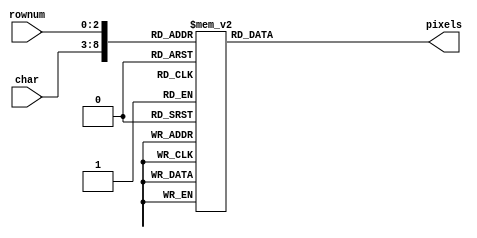
`timescale 1ns / 1ps
module chars(
   // input VGA_clk,
    //input en,
    input [5:0] char,
    input [2:0] rownum,
    output reg [7:0] pixels
    );

always @(*)
   // if (en) begin
        case ({char, rownum})
        ///////////////////////0//////////////////////////
            9'b000000000: pixels = 8'b01111100; //  XXXXX  
            9'b000000001: pixels = 8'b11000110; // XX   XX 
            9'b000000010: pixels = 8'b11001110; // XX  XXX 
            9'b000000011: pixels = 8'b11011110; // XX XXXX 
            9'b000000100: pixels = 8'b11110110; // XXXX XX 
            9'b000000101: pixels = 8'b11100110; // XXX  XX 
            9'b000000110: pixels = 8'b01111100; //  XXXXX  
            9'b000000111: pixels = 8'b00000000; //         
        ///////////////////////1//////////////////////////
            9'b000001000: pixels = 8'b00110000; //   XX    
            9'b000001001: pixels = 8'b01110000; //  XXX    
            9'b000001010: pixels = 8'b00110000; //   XX    
            9'b000001011: pixels = 8'b00110000; //   XX    
            9'b000001100: pixels = 8'b00110000; //   XX    
            9'b000001101: pixels = 8'b00110000; //   XX    
            9'b000001110: pixels = 8'b11111100; // XXXXXX  
            9'b000001111: pixels = 8'b00000000; //         
        ///////////////////////2//////////////////////////
            9'b000010000: pixels = 8'b01111000; //  XXXX   
            9'b000010001: pixels = 8'b11001100; // XX  XX  
            9'b000010010: pixels = 8'b00001100; //     XX  
            9'b000010011: pixels = 8'b00111000; //   XXX   
            9'b000010100: pixels = 8'b01100000; //  XX     
            9'b000010101: pixels = 8'b11001100; // XX  XX  
            9'b000010110: pixels = 8'b11111100; // XXXXXX  
            9'b000010111: pixels = 8'b00000000; //         
        ///////////////////////3//////////////////////////
            9'b000011000: pixels = 8'b01111000; //  XXXX   
            9'b000011001: pixels = 8'b11001100; // XX  XX  
            9'b000011010: pixels = 8'b00001100; //     XX  
            9'b000011011: pixels = 8'b00111000; //   XXX   
            9'b000011100: pixels = 8'b00001100; //     XX  
            9'b000011101: pixels = 8'b11001100; // XX  XX  
            9'b000011110: pixels = 8'b01111000; //  XXXX   
            9'b000011111: pixels = 8'b00000000; //         
        ///////////////////////4//////////////////////////
            9'b000100000: pixels = 8'b00011100; //    XXX  
            9'b000100001: pixels = 8'b00111100; //   XXXX  
            9'b000100010: pixels = 8'b01101100; //  XX XX  
            9'b000100011: pixels = 8'b11001100; // XX  XX  
            9'b000100100: pixels = 8'b11111110; // XXXXXXX 
            9'b000100101: pixels = 8'b00001100; //     XX  
            9'b000100110: pixels = 8'b00011110; //    XXXX 
            9'b000100111: pixels = 8'b00000000; //         
        ///////////////////////5//////////////////////////
            9'b000101000: pixels = 8'b11111100; // XXXXXX  
            9'b000101001: pixels = 8'b11000000; // XX      
            9'b000101010: pixels = 8'b11111000; // XXXXX   
            9'b000101011: pixels = 8'b00001100; //     XX  
            9'b000101100: pixels = 8'b00001100; //     XX  
            9'b000101101: pixels = 8'b11001100; // XX  XX  
            9'b000101110: pixels = 8'b01111000; //  XXXX   
            9'b000101111: pixels = 8'b00000000; //         
        ///////////////////////6//////////////////////////
            9'b000110000: pixels = 8'b00111000; //   XXX   
            9'b000110001: pixels = 8'b01100000; //  XX     
            9'b000110010: pixels = 8'b11000000; // XX      
            9'b000110011: pixels = 8'b11111000; // XXXXX   
            9'b000110100: pixels = 8'b11001100; // XX  XX  
            9'b000110101: pixels = 8'b11001100; // XX  XX  
            9'b000110110: pixels = 8'b01111000; //  XXXX   
            9'b000110111: pixels = 8'b00000000; //         
        ///////////////////////7//////////////////////////
            9'b000111000: pixels = 8'b11111100; // XXXXXX  
            9'b000111001: pixels = 8'b11001100; // XX  XX  
            9'b000111010: pixels = 8'b00001100; //     XX  
            9'b000111011: pixels = 8'b00011000; //    XX   
            9'b000111100: pixels = 8'b00110000; //   XX    
            9'b000111101: pixels = 8'b00110000; //   XX    
            9'b000111110: pixels = 8'b00110000; //   XX    
            9'b000111111: pixels = 8'b00000000; //         
        ///////////////////////8//////////////////////////
            9'b001000000: pixels = 8'b01111000; //  XXXX   
            9'b001000001: pixels = 8'b11001100; // XX  XX  
            9'b001000010: pixels = 8'b11001100; // XX  XX  
            9'b001000011: pixels = 8'b01111000; //  XXXX   
            9'b001000100: pixels = 8'b11001100; // XX  XX  
            9'b001000101: pixels = 8'b11001100; // XX  XX  
            9'b001000110: pixels = 8'b01111000; //  XXXX   
            9'b001000111: pixels = 8'b00000000; //         
        ///////////////////////9//////////////////////////
            9'b001001000: pixels = 8'b01111000; //  XXXX   
            9'b001001001: pixels = 8'b11001100; // XX  XX  
            9'b001001010: pixels = 8'b11001100; // XX  XX  
            9'b001001011: pixels = 8'b01111100; //  XXXXX  
            9'b001001100: pixels = 8'b00001100; //     XX  
            9'b001001101: pixels = 8'b00011000; //    XX   
            9'b001001110: pixels = 8'b01110000; //  XXX    
            9'b001001111: pixels = 8'b00000000; //  
        ///////////////////////10/////////////////////////
            9'b001010000: pixels = 8'b00011000; //        
            9'b001010001: pixels = 8'b00100100; //       
            9'b001010010: pixels = 8'b01100110; //     
            9'b001010011: pixels = 8'b01100110; //      
            9'b001010100: pixels = 8'b01111110; //   
            9'b001010101: pixels = 8'b01111110; //   
            9'b001010110: pixels = 8'b01100110; //     
            9'b001010111: pixels = 8'b01100110; //           
        ///////////////////////11/////////////////////////
            9'b001011000: pixels = 8'b11111100; // XXXXXX  
            9'b001011001: pixels = 8'b01100110; //  XX  XX 
            9'b001011010: pixels = 8'b01100110; //  XX  XX 
            9'b001011011: pixels = 8'b01111100; //  XXXXX  
            9'b001011100: pixels = 8'b01100110; //  XX  XX 
            9'b001011101: pixels = 8'b01100110; //  XX  XX 
            9'b001011110: pixels = 8'b11111100; // XXXXXX  
            9'b001011111: pixels = 8'b00000000; //         
        ///////////////////////12/////////////////////////
            9'b001100000: pixels = 8'b00111100; //   ****
            9'b001100001: pixels = 8'b01100110; //  **  **
            9'b001100010: pixels = 8'b11000010; // **    *
            9'b001100011: pixels = 8'b11000000; // **
            9'b001100100: pixels = 8'b11000000; // **
            9'b001100101: pixels = 8'b11000010; // **    *
            9'b001100110: pixels = 8'b01100110; //  **  **
            9'b001100111: pixels = 8'b00111100; //   ****
        ///////////////////////13/////////////////////////
            9'b001101000: pixels = 8'b11111000; // *****
            9'b001101001: pixels = 8'b01101100; //  ** **
            9'b001101010: pixels = 8'b01100110; //  **  **
            9'b001101011: pixels = 8'b01100110; //  **  **
            9'b001101100: pixels = 8'b01100110; //  **  **
            9'b001101101: pixels = 8'b01100110; //  **  **
            9'b001101110: pixels = 8'b01101100; //  ** **
            9'b001101111: pixels = 8'b11111000; // *****
        ///////////////////////14/////////////////////////
            9'b001110000: pixels = 8'b11111110; // *******
            9'b001110001: pixels = 8'b01100110; //  **  **
            9'b001110010: pixels = 8'b01100000; //  ** 
            9'b001110011: pixels = 8'b01111100; //  *****
            9'b001110100: pixels = 8'b01111100; //  *****
            9'b001110101: pixels = 8'b01100000; //  **
            9'b001110110: pixels = 8'b01100110; //  **  **
            9'b001110111: pixels = 8'b11111110; // *******
        ///////////////////////15/////////////////////////
            9'b001111000: pixels = 8'b11111110; // XXXXXXX 
            9'b001111001: pixels = 8'b01100010; //  XX   X 
            9'b001111010: pixels = 8'b01101000; //  XX X   
            9'b001111011: pixels = 8'b01111000; //  XXXX   
            9'b001111100: pixels = 8'b01101000; //  XX X   
            9'b001111101: pixels = 8'b01100000; //  XX     
            9'b001111110: pixels = 8'b11110000; // XXXX    
            9'b001111111: pixels = 8'b00000000; //       
        ///////////////////////16///////////////////////// 
            9'b010000000: pixels = 8'b00111100; //    **** 
            9'b010000001: pixels = 8'b01100110; //   **  ** 
            9'b010000010: pixels = 8'b11000010; //  **    * 
            9'b010000011: pixels = 8'b11000000; //  ** 
            9'b010000100: pixels = 8'b11011110; //  ** **** 
            9'b010000101: pixels = 8'b11000110; //  **   ** 
            9'b010000110: pixels = 8'b01100110; //   **  ** 
            9'b010000111: pixels = 8'b00111010; //    *** *  
        ///////////////////////17///////////////////////// 
            9'b010001000: pixels = 8'b11000110; // **   **
            9'b010001001: pixels = 8'b11000110; // **   **
            9'b010001010: pixels = 8'b11000110; // **   **
            9'b010001011: pixels = 8'b11111110; // *******
            9'b010001100: pixels = 8'b11111110; // *******
            9'b010001101: pixels = 8'b11000110; // **   **
            9'b010001110: pixels = 8'b11000110; // **   **
            9'b010001111: pixels = 8'b11000110; // **   **
        ///////////////////////18///////////////////////// 
            9'b010010000: pixels = 8'b00110000; //   XX
            9'b010010001: pixels = 8'b00000000; //
            9'b010010010: pixels = 8'b01110000; //  XXX
            9'b010010011: pixels = 8'b00110000; //   XX
            9'b010010100: pixels = 8'b00110000; //   XX
            9'b010010101: pixels = 8'b00110000; //   XX
            9'b010010110: pixels = 8'b01111000; //  XXXX
            9'b010010111: pixels = 8'b00000000; //
        ///////////////////////19///////////////////////// 
            9'b010011000: pixels = 8'b00011110; //    ****
            9'b010011001: pixels = 8'b00001100; //     **
            9'b010011010: pixels = 8'b00001100; //     **
            9'b010011011: pixels = 8'b00001100; //     **
            9'b010011100: pixels = 8'b11001100; // **  **
            9'b010011101: pixels = 8'b11001100; // **  **
            9'b010011110: pixels = 8'b11001100; // **  **
            9'b010011111: pixels = 8'b01111000; //  ****
        ///////////////////////20///////////////////////// 
            9'b010100000: pixels = 8'b11100110; //***  **
            9'b010100001: pixels = 8'b01100110; // **  **
            9'b010100010: pixels = 8'b01101100; // ** **
            9'b010100011: pixels = 8'b01111000; // ****
            9'b010100100: pixels = 8'b01111000; // ****
            9'b010100101: pixels = 8'b01101100; // ** **
            9'b010100110: pixels = 8'b01100110; // **  **
            9'b010100111: pixels = 8'b11100110; //***  **
        ///////////////////////21///////////////////////// 
            9'b010101000: pixels = 8'b11110000; // ****
            9'b010101001: pixels = 8'b01100000; //  **
            9'b010101010: pixels = 8'b01100000; //  **
            9'b010101011: pixels = 8'b01100000; //  **
            9'b010101100: pixels = 8'b01100000; //  **
            9'b010101101: pixels = 8'b01100010; //  **   *
            9'b010101110: pixels = 8'b01100110; //  **  **
            9'b010101111: pixels = 8'b11111110; // *******
        ///////////////////////22///////////////////////// 
            9'b010110000: pixels = 8'b11000011; // **    **
            9'b010110001: pixels = 8'b11100111; // ***  ***
            9'b010110010: pixels = 8'b11111111; // ********
            9'b010110011: pixels = 8'b11111111; // ********
            9'b010110100: pixels = 8'b11011011; // ** ** **
            9'b010110101: pixels = 8'b11000011; // **    **
            9'b010110110: pixels = 8'b11000011; // **    **
            9'b010110111: pixels = 8'b11000011; // **    **
        ///////////////////////23///////////////////////// 
            9'b010111000: pixels = 8'b11000110; // **   **
            9'b010111001: pixels = 8'b11100110; // ***  **
            9'b010111010: pixels = 8'b11110110; // **** **
            9'b010111011: pixels = 8'b11111110; // *******
            9'b010111100: pixels = 8'b11011110; // ** ****
            9'b010111101: pixels = 8'b11001110; // **  ***
            9'b010111110: pixels = 8'b11000110; // **   **
            9'b010111111: pixels = 8'b11000110; // **   **
        ///////////////////////24///////////////////////// 
            9'b011000000: pixels = 8'b01111100; //  *****
            9'b011000001: pixels = 8'b11000110; // **   **
            9'b011000010: pixels = 8'b11000110; // **   **
            9'b011000011: pixels = 8'b11000110; // **   **
            9'b011000100: pixels = 8'b11000110; // **   **
            9'b011000101: pixels = 8'b11000110; // **   **
            9'b011000110: pixels = 8'b11000110; // **   **
            9'b011000111: pixels = 8'b01111100; //  *****
        ///////////////////////25///////////////////////// 
            9'b011001000: pixels = 8'b11111100; // ******
            9'b011001001: pixels = 8'b01100110; //  **  **
            9'b011001010: pixels = 8'b01100110; //  **  **
            9'b011001011: pixels = 8'b01100110; //  **  **
            9'b011001100: pixels = 8'b01111100; //  *****
            9'b011001101: pixels = 8'b01100000; //  **
            9'b011001110: pixels = 8'b01100000; //  **
            9'b011001111: pixels = 8'b11110000; // ****
        ///////////////////////26///////////////////////// 
            9'b011010000: pixels = 8'b01111100; //  *****
            9'b011010001: pixels = 8'b11000110; // **   **
            9'b011010010: pixels = 8'b11000110; // **   **
            9'b011010011: pixels = 8'b11000110; // **   **
            9'b011010100: pixels = 8'b11010110; // ** * **
            9'b011010101: pixels = 8'b11011110; // ** ****
            9'b011010110: pixels = 8'b01111100; //  *****
            9'b011010111: pixels = 8'b00001110; //     ***
        ///////////////////////27///////////////////////// 
            9'b011011000: pixels = 8'b11111100; // ******
            9'b011011001: pixels = 8'b01100110; //  **  **
            9'b011011010: pixels = 8'b01100110; //  **  **
            9'b011011011: pixels = 8'b01111100; //  *****
            9'b011011100: pixels = 8'b01101100; //  ** **
            9'b011011101: pixels = 8'b01100110; //  **  **
            9'b011011110: pixels = 8'b01100110; //  **  **
            9'b011011111: pixels = 8'b11100110; // ***  **
        ///////////////////////28///////////////////////// 
            9'b011100000: pixels = 8'b01111100; //  *****
            9'b011100001: pixels = 8'b11000110; // **   **
            9'b011100010: pixels = 8'b11000110; // **   **
            9'b011100011: pixels = 8'b01100000; //  **
            9'b011100100: pixels = 8'b00011000; //    **
            9'b011100101: pixels = 8'b11000110; // **   **
            9'b011100110: pixels = 8'b11000110; // **   **
            9'b011100111: pixels = 8'b01111100; //  *****
        ///////////////////////29///////////////////////// 
            9'b011101000: pixels = 8'b11111111; // ********
            9'b011101001: pixels = 8'b11011011; // ** ** **
            9'b011101010: pixels = 8'b10011001; // *  **  *
            9'b011101011: pixels = 8'b00011000; //    **
            9'b011101100: pixels = 8'b00011000; //    **
            9'b011101101: pixels = 8'b00011000; //    **
            9'b011101110: pixels = 8'b00011000; //    **
            9'b011101111: pixels = 8'b00111100; //   ****
        ///////////////////////30///////////////////////// 
            9'b011110000: pixels = 8'b00000000; //
            9'b011110001: pixels = 8'b00000000; //
            9'b011110010: pixels = 8'b11001100; // XX  XX
            9'b011110011: pixels = 8'b11001100; // XX  XX
            9'b011110100: pixels = 8'b11001100; // XX  XX
            9'b011110101: pixels = 8'b11001100; // XX  XX
            9'b011110110: pixels = 8'b01110110; //  XXX XX
            9'b011110111: pixels = 8'b00000000; //
        ///////////////////////31///////////////////////// 
            9'b011111000: pixels = 8'b11000011; // **    **
            9'b011111001: pixels = 8'b11000011; // **    **
            9'b011111010: pixels = 8'b11000011; // **    **
            9'b011111011: pixels = 8'b11000011; // **    **
            9'b011111100: pixels = 8'b11000011; // **    **
            9'b011111101: pixels = 8'b01100110; //  **  **
            9'b011111110: pixels = 8'b00111100; //   ****
            9'b011111111: pixels = 8'b00011000; //    **
        ///////////////////////32///////////////////////// 
            9'b100000000: pixels = 8'b11000011; // **    **
            9'b100000001: pixels = 8'b11000011; // **    **
            9'b100000010: pixels = 8'b11000011; // **    **
            9'b100000011: pixels = 8'b11011011; // ** ** **
            9'b100000100: pixels = 8'b11011011; // ** ** **
            9'b100000101: pixels = 8'b11111111; // ********
            9'b100000110: pixels = 8'b01100110; //  **  **
            9'b100000111: pixels = 8'b01100110; //  **  **
        ///////////////////////33///////////////////////// 
            9'b100001000: pixels = 8'b11000011; //  **    **
            9'b100001001: pixels = 8'b01100110; //   **  **
            9'b100001010: pixels = 8'b00111100; //    ****
            9'b100001011: pixels = 8'b00011000; //     **
            9'b100001100: pixels = 8'b00011000; //     **
            9'b100001101: pixels = 8'b00111100; //    ****
            9'b100001110: pixels = 8'b01100110; //   **  **
            9'b100001111: pixels = 8'b11000011; //  **    **
        ///////////////////////34///////////////////////// 
            9'b100010000: pixels = 8'b11000011; //  **    **
            9'b100010001: pixels = 8'b11000011; //  **    **
            9'b100010010: pixels = 8'b01100110; //   **  **
            9'b100010011: pixels = 8'b00111100; //    ****
            9'b100010100: pixels = 8'b00011000; //     **
            9'b100010101: pixels = 8'b00011000; //     **
            9'b100010110: pixels = 8'b00011000; //     **
            9'b100010111: pixels = 8'b00111100; //    ****
        ///////////////////////35///////////////////////// 
            9'b100011000: pixels = 8'b00000000; //
            9'b100011001: pixels = 8'b00000000; //
            9'b100011010: pixels = 8'b11111100; // XXXXXX
            9'b100011011: pixels = 8'b10011000; // X  XX
            9'b100011100: pixels = 8'b00110000; //   XX
            9'b100011101: pixels = 8'b01100100; //  XX  X
            9'b100011110: pixels = 8'b11111100; // XXXXXX
            9'b100011111: pixels = 8'b00000000; //

        default: pixels = 8'b00000000;
        endcase
    //end
endmodule